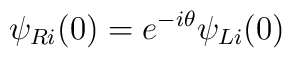
\psi_{Ri}(0) =e^{-i\theta}\psi_{Li}(0)